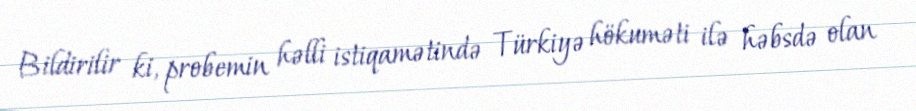
Bildirilir ki, probemin həlli istiqamətində Türkiyə hökuməti ilə həbsdə olan